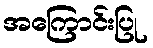
အကြောင်းပြု